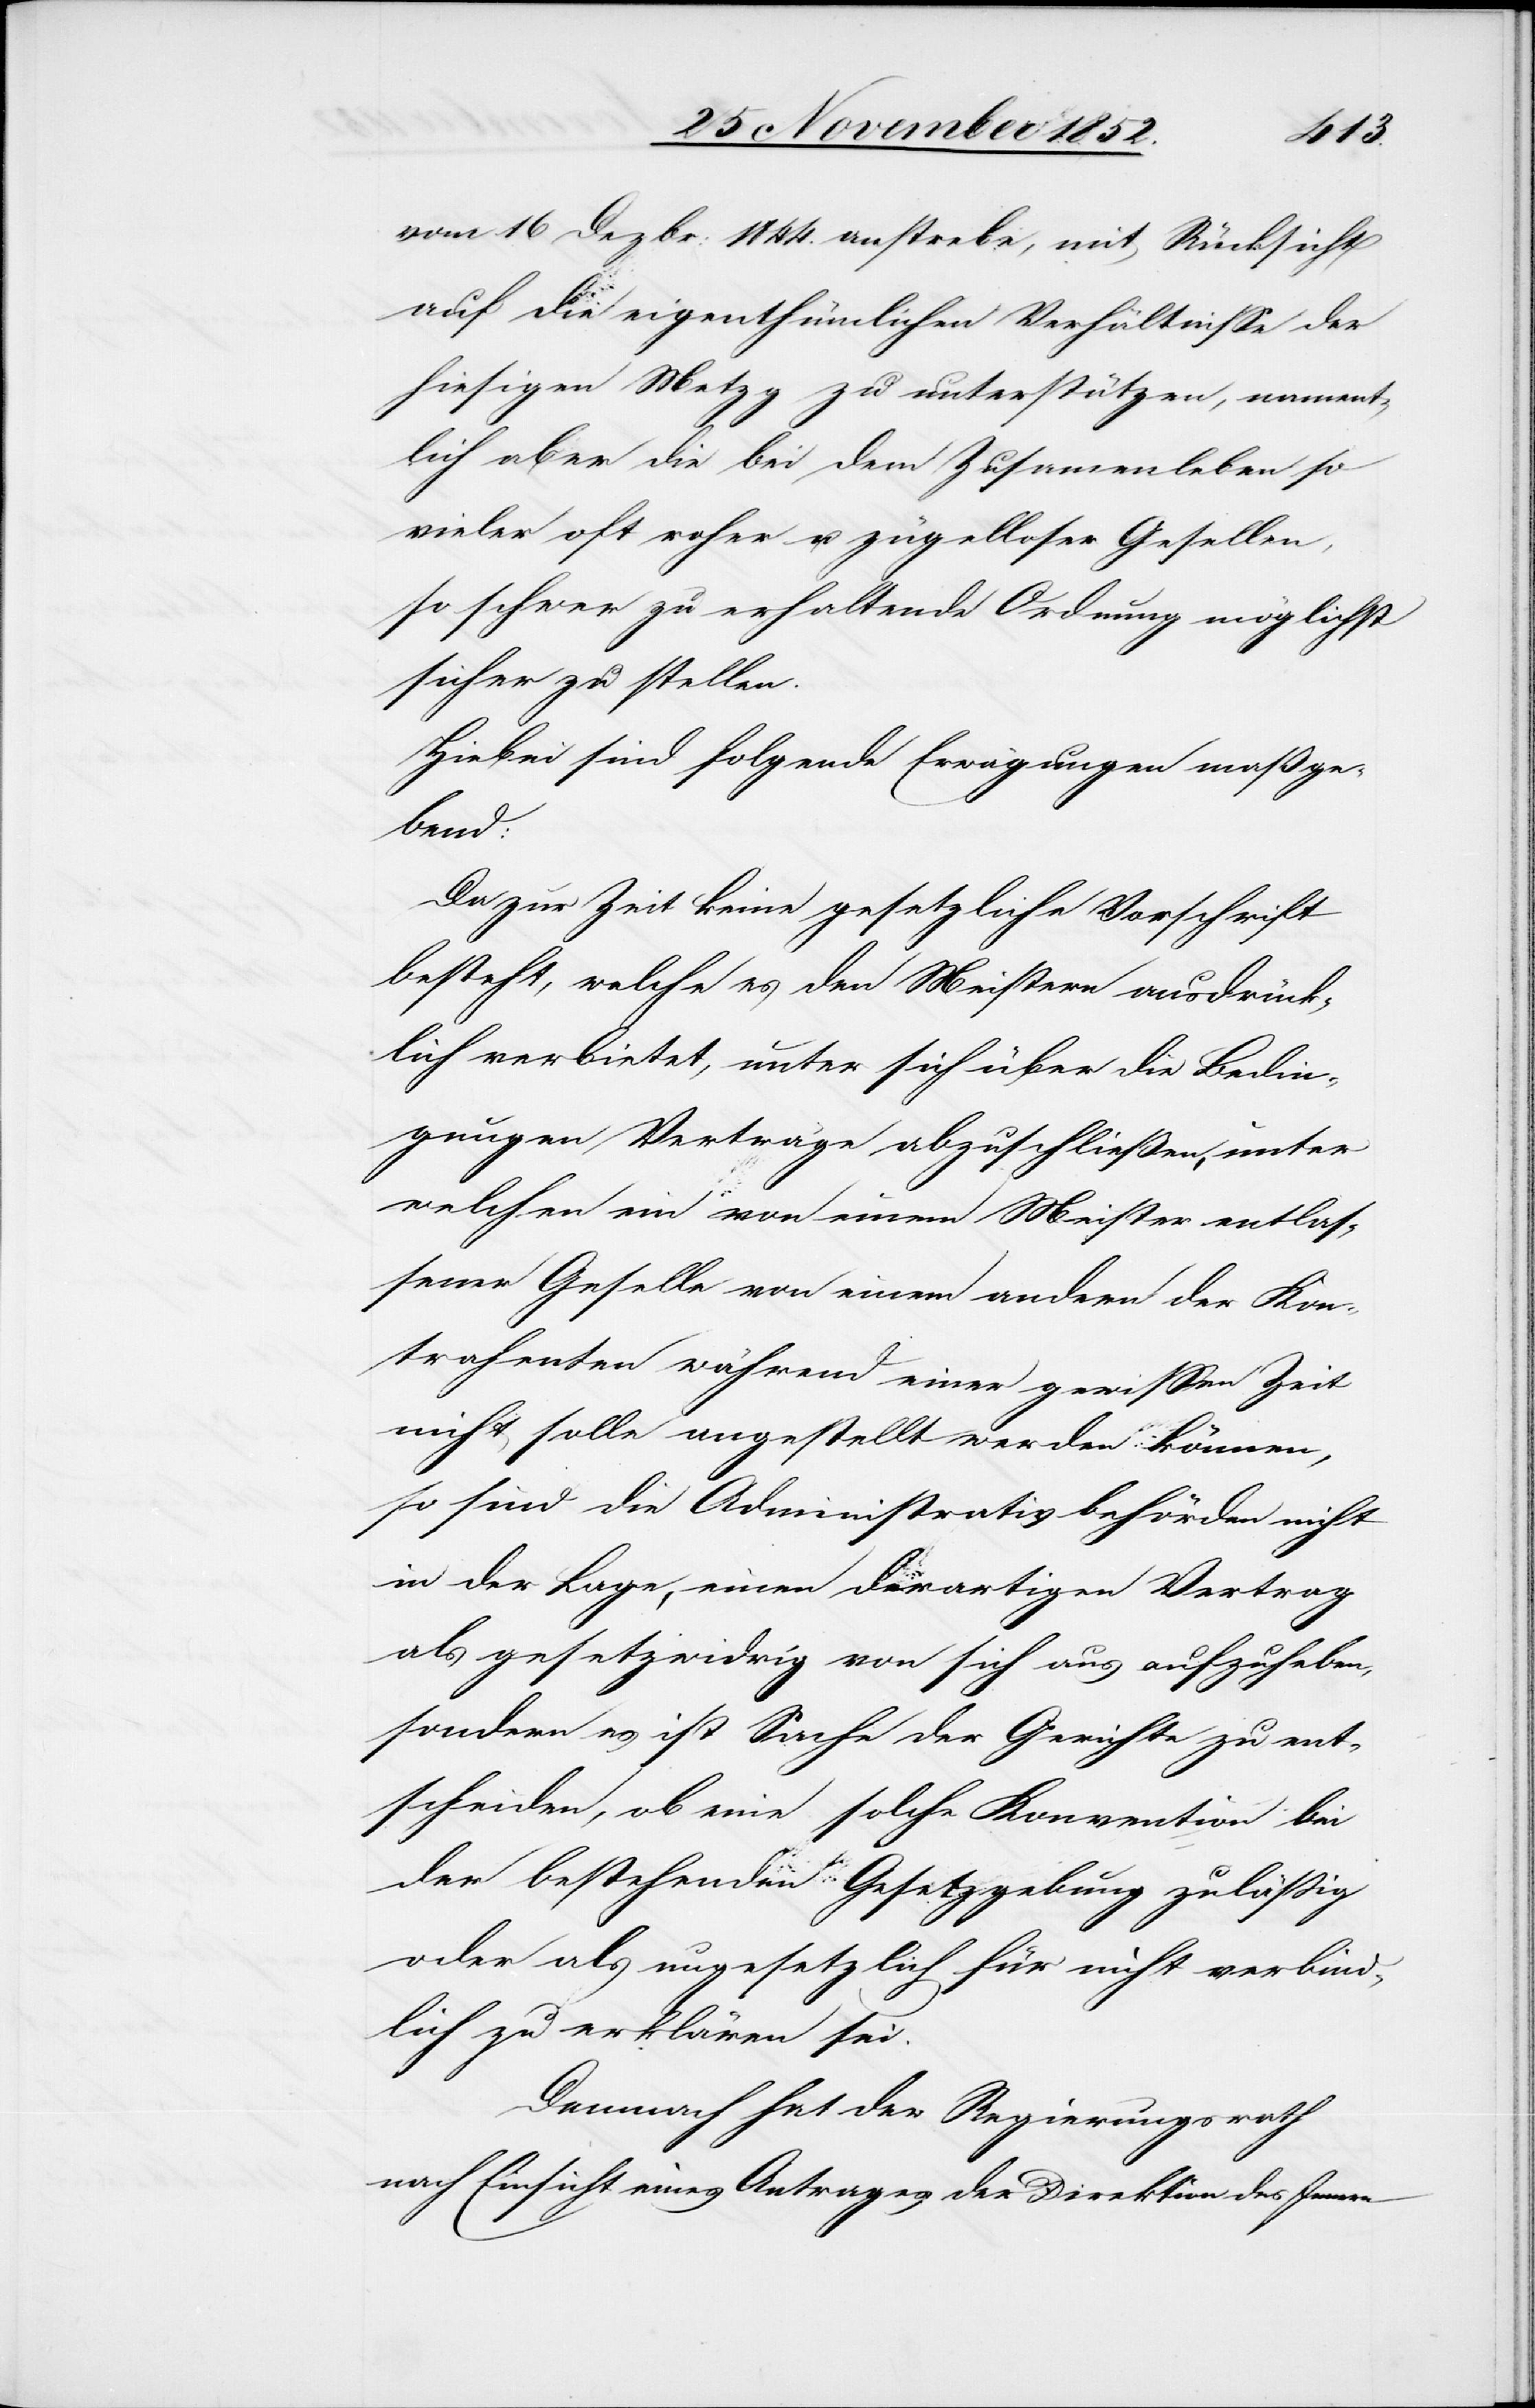
vom 16 Dezbr: 1844. anstrebe, mit Rücksicht
auf die eigenthümlichen Verhältnisse der
hiesigen Metzg zu unterstützen, nament¬
lich aber die bei dem Zusam[m]enleben so
vieler oft roher u. zügelloser Gesellen,
so schwer zu erhaltende Ordnung möglichst
sicher zu stellen.
Hiebei sind folgende Erwägungen maßge¬
bend:
Da zur Zeit keine gesetzliche Vorschrift
besteht, welche es den Meistern ausdrück¬
lich verbietet, unter sich über die Bedin¬
gungen Verträge abzuschließen, unter
welchen ein von einem Meister entlas¬
sener Geselle von einem andern der Kon¬
trahenten während einer gewissen Zeit
nicht solle angestellt werden können,
so sind die Administrativbehörden nicht
in der Lage, einen derartigen Vertrag
als gesetzwidrig von sich aus aufzuheben,
sondern es ist Sache der Gerichte zu ent¬
scheiden, ob eine solche Konvention bei
der bestehenden Gesetzgebung zuläßig
oder als ungesetzlich für nicht verbind¬
lich zu erklären sei.
Demnach hat der Regierungsrath
nach Einsicht eines Antrages der Direktion des Innern